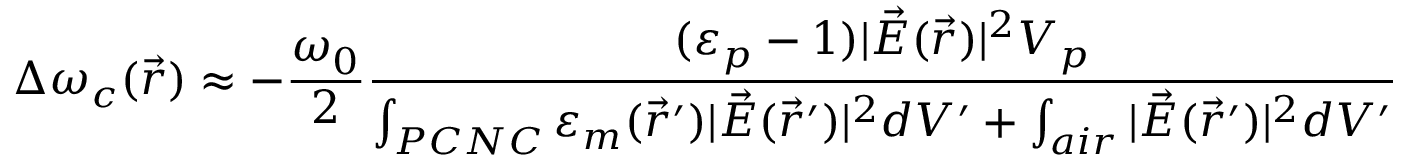
\Delta \omega _ { c } ( \vec { r } ) \approx - \frac { \omega _ { 0 } } { 2 } \frac { ( \varepsilon _ { p } - 1 ) | \vec { E } ( \vec { r } ) | ^ { 2 } V _ { p } } { \int _ { P C N C } \varepsilon _ { m } ( \vec { r } ^ { \prime } ) | \vec { E } ( \vec { r } ^ { \prime } ) | ^ { 2 } d V ^ { \prime } + \int _ { a i r } | \vec { E } ( \vec { r } ^ { \prime } ) | ^ { 2 } d V ^ { \prime } }